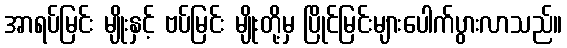
အာရပ်မြင်း မျိုးနှင့် ဗပ်မြင်း မျိုးတို့မှ ပြိုင်မြင်းများပေါက်ပွားလာသည်။